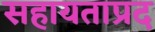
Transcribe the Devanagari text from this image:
सहायताप्रद